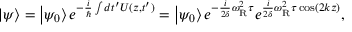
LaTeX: \left| \psi \right\rangle = \left| \psi _ { 0 } \right\rangle e ^ { - { \frac { i } { \hbar } } \int d t ^ { \prime } U ( z , t ^ { \prime } ) } = \left| \psi _ { 0 } \right\rangle e ^ { - { \frac { i } { 2 \delta } } \omega _ { \mathrm { R } } ^ { 2 } \tau } e ^ { { \frac { i } { 2 \delta } } \omega _ { \mathrm { R } } ^ { 2 } \tau \cos ( 2 k z ) } ,